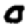
Digit: 0